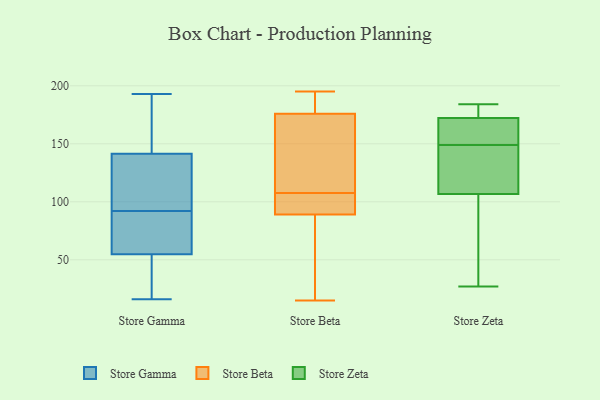
{"axis": {"x": "Backlog", "y": "Value"}, "legend": ["Store Beta", "Store Gamma", "Store Zeta"], "data": [{"x": "", "y": 117, "type": "Store Gamma"}, {"x": "", "y": 155, "type": "Store Gamma"}, {"x": "", "y": 72, "type": "Store Gamma"}, {"x": "", "y": 92, "type": "Store Gamma"}, {"x": "", "y": 21, "type": "Store Gamma"}, {"x": "", "y": 62, "type": "Store Gamma"}, {"x": "", "y": 193, "type": "Store Gamma"}, {"x": "", "y": 120, "type": "Store Gamma"}, {"x": "", "y": 33, "type": "Store Gamma"}, {"x": "", "y": 68, "type": "Store Gamma"}, {"x": "", "y": 149, "type": "Store Gamma"}, {"x": "", "y": 17, "type": "Store Gamma"}, {"x": "", "y": 140, "type": "Store Gamma"}, {"x": "", "y": 146, "type": "Store Gamma"}, {"x": "", "y": 16, "type": "Store Gamma"}, {"x": "", "y": 140, "type": "Store Gamma"}, {"x": "", "y": 81, "type": "Store Gamma"}, {"x": "", "y": 106, "type": "Store Beta"}, {"x": "", "y": 39, "type": "Store Beta"}, {"x": "", "y": 35, "type": "Store Beta"}, {"x": "", "y": 15, "type": "Store Beta"}, {"x": "", "y": 105, "type": "Store Beta"}, {"x": "", "y": 190, "type": "Store Beta"}, {"x": "", "y": 109, "type": "Store Beta"}, {"x": "", "y": 159, "type": "Store Beta"}, {"x": "", "y": 179, "type": "Store Beta"}, {"x": "", "y": 195, "type": "Store Beta"}, {"x": "", "y": 162, "type": "Store Beta"}, {"x": "", "y": 176, "type": "Store Beta"}, {"x": "", "y": 105, "type": "Store Beta"}, {"x": "", "y": 89, "type": "Store Beta"}, {"x": "", "y": 144, "type": "Store Zeta"}, {"x": "", "y": 44, "type": "Store Zeta"}, {"x": "", "y": 156, "type": "Store Zeta"}, {"x": "", "y": 27, "type": "Store Zeta"}, {"x": "", "y": 173, "type": "Store Zeta"}, {"x": "", "y": 183, "type": "Store Zeta"}, {"x": "", "y": 184, "type": "Store Zeta"}, {"x": "", "y": 180, "type": "Store Zeta"}, {"x": "", "y": 146, "type": "Store Zeta"}, {"x": "", "y": 165, "type": "Store Zeta"}, {"x": "", "y": 120, "type": "Store Zeta"}, {"x": "", "y": 149, "type": "Store Zeta"}, {"x": "", "y": 149, "type": "Store Zeta"}, {"x": "", "y": 51, "type": "Store Zeta"}, {"x": "", "y": 67, "type": "Store Zeta"}, {"x": "", "y": 172, "type": "Store Zeta"}, {"x": "", "y": 158, "type": "Store Zeta"}]}